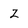
Character: Z